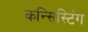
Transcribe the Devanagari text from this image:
कन्सिस्टिंग